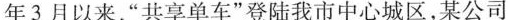
年3月以来，”共享单车”登陆我市中心城区，某公司